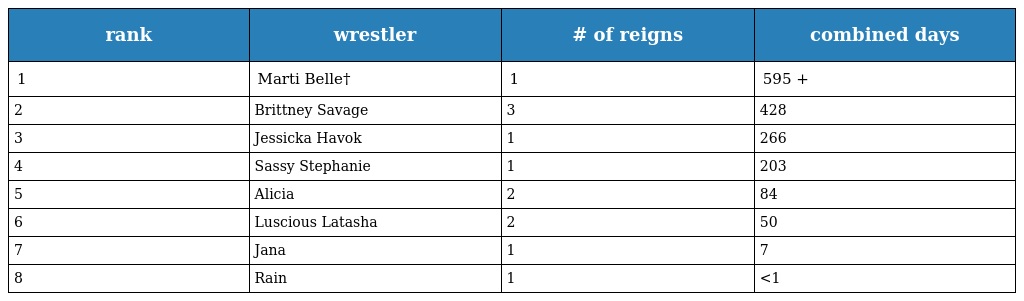
| rank | wrestler | # of reigns | combined days |
 | --- | --- | --- | --- |
 | 1 | Marti Belle† | 1 | 595 + |
 | 2 | Brittney Savage | 3 | 428 |
 | 3 | Jessicka Havok | 1 | 266 |
 | 4 | Sassy Stephanie | 1 | 203 |
 | 5 | Alicia | 2 | 84 |
 | 6 | Luscious Latasha | 2 | 50 |
 | 7 | Jana | 1 | 7 |
 | 8 | Rain | 1 | <1 |